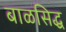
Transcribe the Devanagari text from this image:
बाळसिद्ध